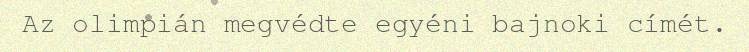
Az olimpián megvédte egyéni bajnoki címét.